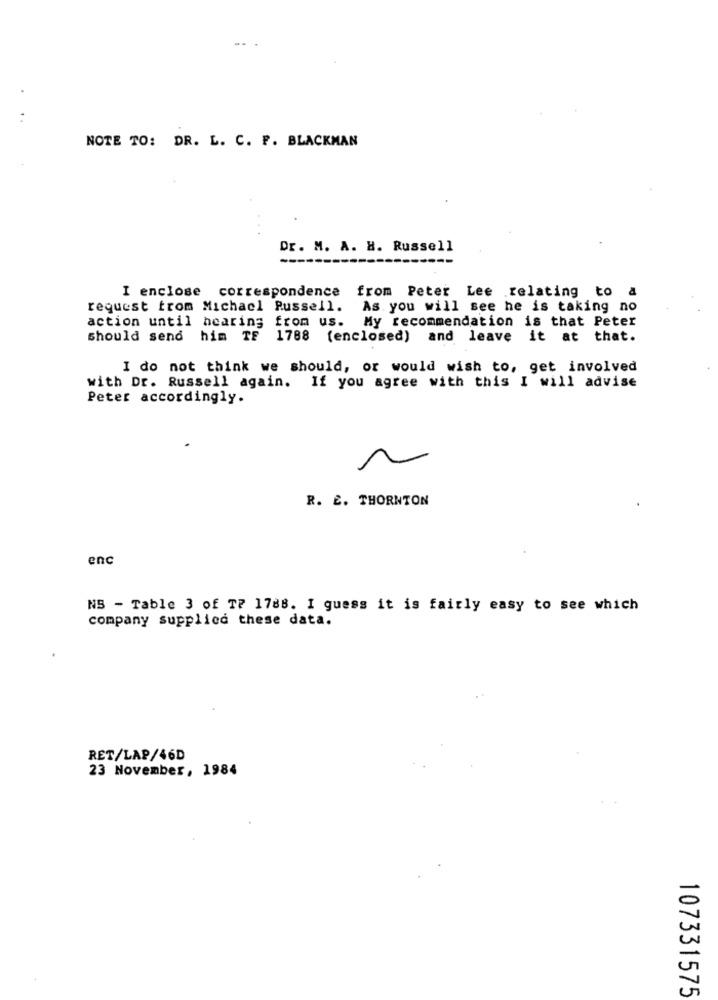
NOTE TO: DR. L. C. F. BLACKMAN
Dr. M. A. H. Russell
--
I enclose correspondence from Peter Lee relating to a
request trom Michael Russell. As. you will see he is taking no
action until hearing from us. My recommendation is that Peter
should send him TF 1788 (enclosed) and leave it at that.
I do not think we should, or would wish to, get involved
with Dr. Russell again. If you agree with this I will advise
Peter accordingly.
R. E. THORNTON
enc
NS - Table 3 of T? 1788. I guess it is fairly easy to see which
company supplied these data.
RET/LAP/46D
23 November, 1984
107331575